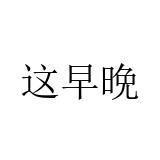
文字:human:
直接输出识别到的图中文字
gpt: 这早晩